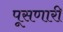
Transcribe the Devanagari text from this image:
पूसणारी